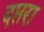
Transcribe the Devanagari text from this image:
दप्तरा